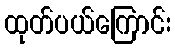
ထုတ်ပယ်ကြောင်း